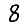
Digit: 8